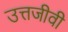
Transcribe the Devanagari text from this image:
उत्तजीवी